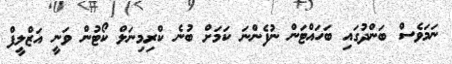
ނަމަވެސް ބަންދުގައި ބަހައްޓަން ނުފެންނަ ކަމަށް ބުނެ ކްރިމިނަލް ކޯޓުން ވަނީ އަޒްލީފް